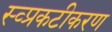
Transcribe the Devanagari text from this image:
स्व्प्रकटीकरण